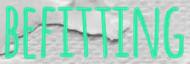
BEFITTING